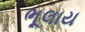
ભૂલાય